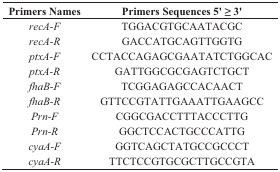
<table><thead><tr><td><b>Primers Names</b></td><td><b>Primers Sequences 5&#x27; ≥ 3&#x27;</b></td></tr></thead><tbody><tr><td><i>recA-F</i></td><td>TGGACGTGCAATACGC</td></tr><tr><td><i>recA-R</i></td><td>GACCATGCAGTTGGTG</td></tr><tr><td><i>ptxA-F</i></td><td>CCTACCAGAGCGAATATCTGGCAC</td></tr><tr><td><i>ptxA-R</i></td><td>GATTGGCGCGAGTCTGCT</td></tr><tr><td><i>fhaB-F</i></td><td>TCGGAGAGCCACAACT</td></tr><tr><td><i>fhaB-R</i></td><td>GTTCCGTATTGAAATTGAAGCC</td></tr><tr><td><i>Prn-F</i></td><td>CGGCGACCTTTACCCTTG</td></tr><tr><td><i>Prn-R</i></td><td>GGCTCCACTGCCCATTG</td></tr><tr><td><i>cyaA-F</i></td><td>GGTCAGCTATGCCGCCCT</td></tr><tr><td><i>cyaA-R</i></td><td>TTCTCCGTGCGCTTGCCGTA</td></tr></tbody></table>